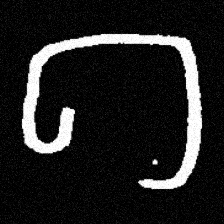
Pyu character \u2014 Myanmar letter: ဂ (romanized: ga)